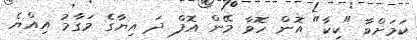
ކަމަށްވާ "ކިކާ" އޮން ހޮވާ މޭން އޮފް ދަ އިޔާގެ މަގާމު އިއްޔެ